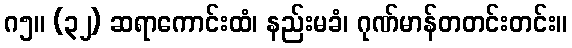
ဂ၅။ (၃၂) ဆရာကောင်းထံ၊ နည်းမခံ၊ ဂုဏ်မာန်တတင်းတင်း။